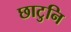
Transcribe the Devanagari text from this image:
छाटुनि